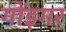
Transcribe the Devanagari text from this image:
गोंइगर